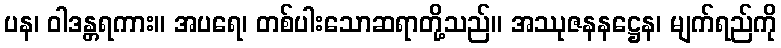
ပန၊ ဝါဒန္တရကား။ အပရေ၊ တစ်ပါးသောဆရာတို့သည်။ အဿုဇနနဋ္ဌေန၊ မျက်ရည်ကို